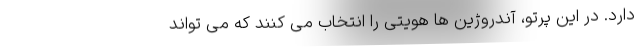
دارد. در این پرتو، آندروژین ها هویتی را انتخاب می کنند که می تواند